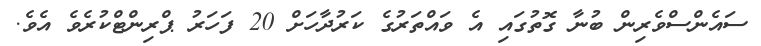
ސައެންސްވެރިން ބުނާ ގޮތުގައި އެ ވައްތަރުގެ ކަރުދާހަށް 20 ފަހަރު ޕްރިންޓްކުރެވެ އެވެ.